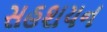
સહશયન